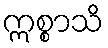
ဣစ္စာသိ